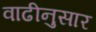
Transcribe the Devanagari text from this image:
वाढीनुसार